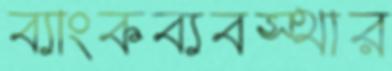
ব্যাংকব্যবস্থার